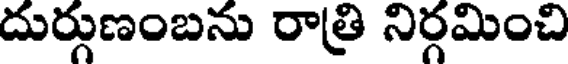
దుర్గుణంబను రాత్రి నిర్గమించి